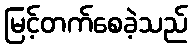
မြင့်တက်စေခဲ့သည်